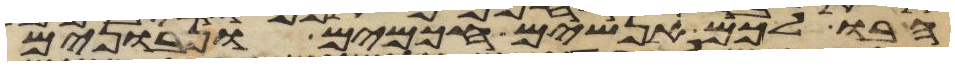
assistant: הבו לכם אנשים חכמים ונבונים